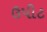
ઉપીટ